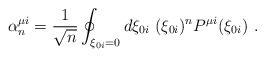
LaTeX: \begin{align*}\alpha _n^{\mu i}=\frac{1}{\sqrt{n}}\oint _{\xi _{0i}=0}d\xi _{0i}\ (\xi _{0i})^nP^{\mu i}(\xi _{0i})\ .\end{align*}